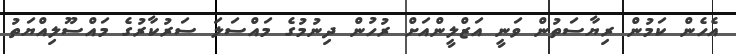
އެހެން ކަމުން ރިޔާސަތުން ވަނީ އަޒްލީންއަށް ރުހުން ދިނުމުގެ މައްސަލަ ސަރުކާރުގެ މައްސޫލިއްޔަތު